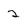
Character: 2